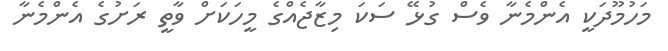
މަހުމޫދަކީ އެންމެނާ ވެސް ގުޅޭ ސަކަ މިޒާޖެއްގެ މީހަކަށް ވާތީ ރަށުގެ އެންމެނާ